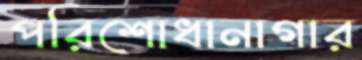
পরিশোধানাগার